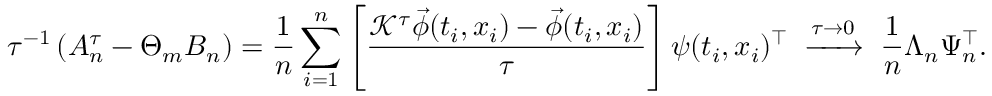
\tau ^ { - 1 } \left( A _ { n } ^ { \tau } - \Theta _ { m } B _ { n } \right) = \frac 1 n \sum _ { i = 1 } ^ { n } \left[ \frac { \mathcal { K } ^ { \tau } \vec { \phi } ( t _ { i } , x _ { i } ) - \vec { \phi } ( t _ { i } , x _ { i } ) } { \tau } \right] \boldsymbol { \psi } ( t _ { i } , x _ { i } ) ^ { \top } \; \xrightarrow { \tau \to 0 } \; \frac { 1 } { n } \Lambda _ { n } \Psi _ { n } ^ { \top } .